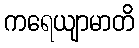
ကရေယျာမာတိ